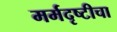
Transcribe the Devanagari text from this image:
मर्मदृष्टीचा